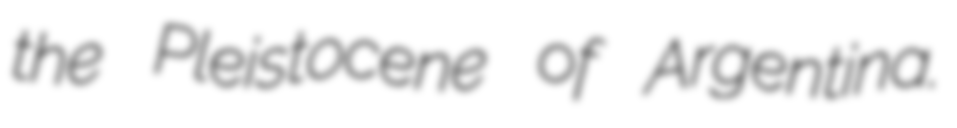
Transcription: the Pleistocene of Argentina.